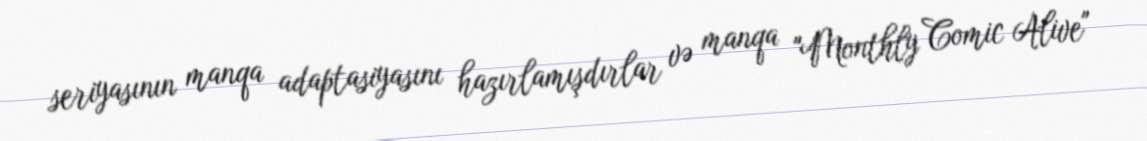
seriyasının manqa adaptasiyasını hazırlamışdırlar və manqa "Monthly Comic Alive"